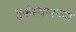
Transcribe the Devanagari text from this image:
तुर्कस्थानच्या